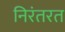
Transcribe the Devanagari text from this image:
निरंतरत